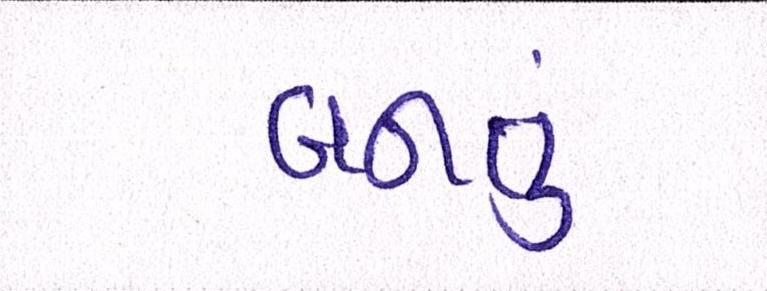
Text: બનતુ